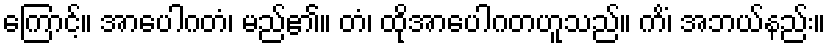
ကြောင့်။ အာပေါဂတံ၊ မည်၏။ တံ၊ ထိုအာပေါဂတဟူသည်။ ကိံ၊ အဘယ်နည်း။